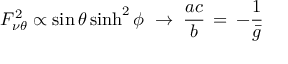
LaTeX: F _ { \nu \theta } ^ { 2 } \propto \sin \theta \sinh ^ { 2 } \phi \; \rightarrow \; \frac { a c } { b } \, = \, - \frac { 1 } { \bar { g } }